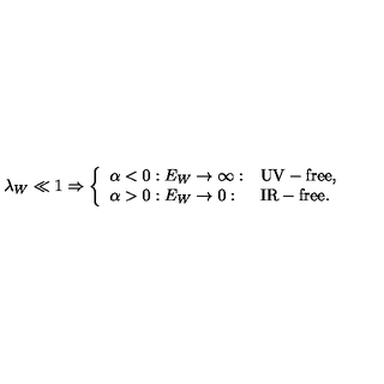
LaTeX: \lambda _ { W } \ll 1 \Rightarrow \left\{ \begin{array} { l l l } { \alpha < 0 : E _ { W } \rightarrow \infty : } & { \mathrm { U V - f r e e , } } \\ { \alpha > 0 : E _ { W } \rightarrow 0 : } & { \mathrm { I R - f r e e . } } \\ \end{array} \right.